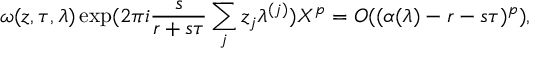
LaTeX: \omega ( z , \tau , \lambda ) \exp ( 2 \pi i \frac s { r + s \tau } \sum _ { j } z _ { j } \lambda ^ { ( j ) } ) X ^ { p } = O ( ( \alpha ( \lambda ) - r - s \tau ) ^ { p } ) ,